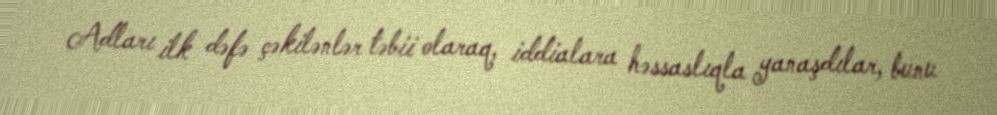
Adları ilk dəfə çəkilənlər təbii olaraq, iddialara həssaslıqla yanaşdılar, bunu